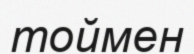
тоймен